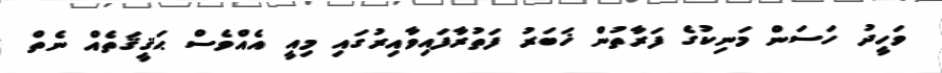
ވަހީދު ހަސަން މަނިކުގެ ފަރާތުން ޚަބަރު ފަތުރާފައިވާއިރުގައި މިއީ އެއްވެސް ޙަޤީޤަތެއް ނެތް